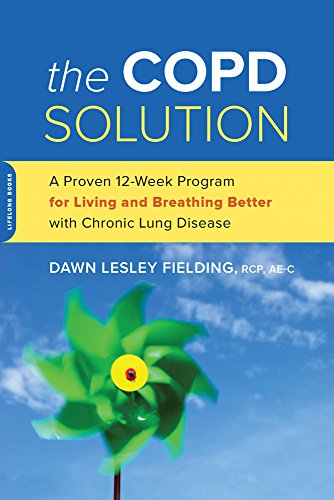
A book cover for The COPD Solution: A Proven 12-Week Program for Living and Breathing Better with Chronic Lung Disease; Dawn Lesley Fielding; Health, Fitness & Dieting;